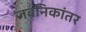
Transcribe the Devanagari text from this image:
जवनिकांतर